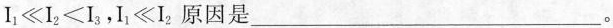
$$I_{1}≪I_{2}<I_{3}$$，$$I_{1}≪I_{2}$$原因是___。